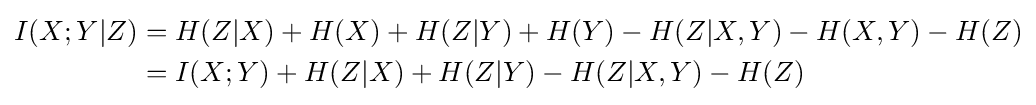
{\begin{aligned}I(X;Y|Z)&=H(Z|X)+H(X)+H(Z|Y)+H(Y)-H(Z|X,Y)-H(X,Y)-H(Z)\\&=I(X;Y)+H(Z|X)+H(Z|Y)-H(Z|X,Y)-H(Z)\end{aligned}}